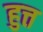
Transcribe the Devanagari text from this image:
हुत्त